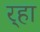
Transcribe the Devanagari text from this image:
र्‍हा